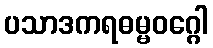
ပသာဒကရဓမ္မဝဂ္ဂေါ